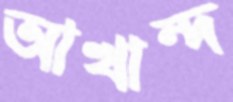
আখান্দ